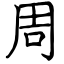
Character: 周